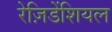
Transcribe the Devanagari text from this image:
रेज़िडेंशियल